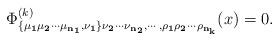
LaTeX: \begin{align*}\Phi^{(k)}_{\bf \{\mu_1\mu_2\cdots\mu_{n_1}, \nu_1\}\nu_2\cdots\nu_{n_2},\cdots,\rho_1\rho_2\cdots\rho_{n_k}}(x)=0.\end{align*}